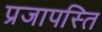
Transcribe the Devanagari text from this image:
प्रजापस्ति